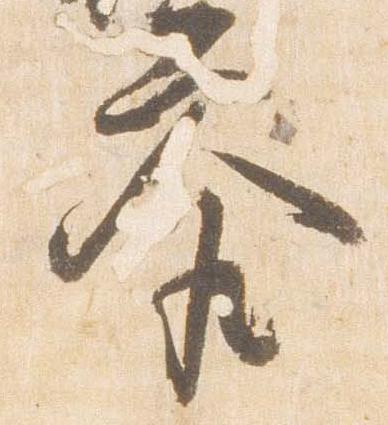
参